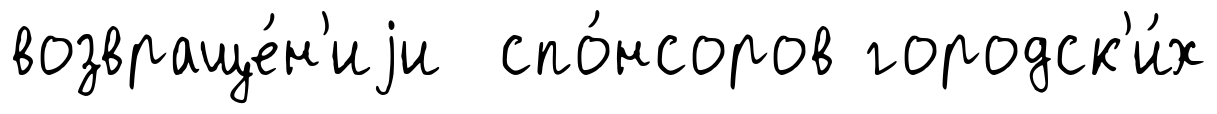
возвраще́н'иjи спо́нсоров городск'и́х